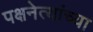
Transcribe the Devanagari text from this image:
पक्षनेत्यांच्या